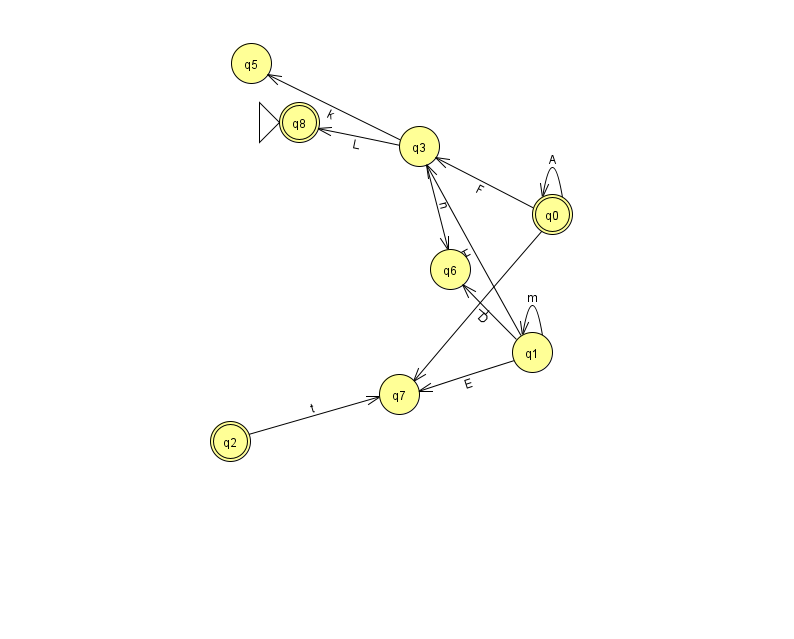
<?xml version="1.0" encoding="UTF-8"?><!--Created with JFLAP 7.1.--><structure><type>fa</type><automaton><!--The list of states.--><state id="0" name="q0"><x>552.0</x><y>201.0</y><final/></state><state id="1" name="q1"><x>532.0</x><y>339.0</y></state><state id="2" name="q2"><x>230.0</x><y>428.0</y><final/></state><state id="3" name="q3"><x>419.0</x><y>133.0</y></state><state id="5" name="q5"><x>251.0</x><y>50.0</y></state><state id="6" name="q6"><x>450.0</x><y>256.0</y></state><state id="7" name="q7"><x>399.0</x><y>381.0</y></state><state id="8" name="q8"><x>299.0</x><y>109.0</y><initial/><final/></state><!--The list of transitions.--><transition><from>1</from><to>3</to><read>H</read></transition><transition><from>0</from><to>0</to><read>A</read></transition><transition><from>1</from><to>7</to><read>E</read></transition><transition><from>1</from><to>6</to><read>D</read></transition><transition><from>3</from><to>6</to><read>n</read></transition><transition><from>2</from><to>7</to><read>t</read></transition><transition><from>3</from><to>8</to><read>L</read></transition><transition><from>3</from><to>5</to><read>k</read></transition><transition><from>0</from><to>7</to><read>L</read></transition><transition><from>1</from><to>1</to><read>m</read></transition><transition><from>0</from><to>3</to><read>F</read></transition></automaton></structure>